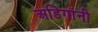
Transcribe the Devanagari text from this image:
अडिगांनी